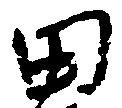
田